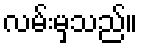
လမ်းမှသည်။